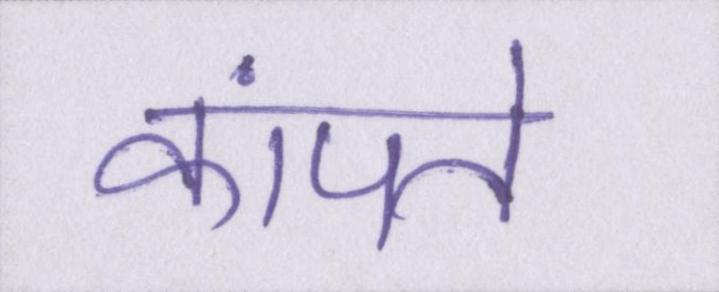
कांपते